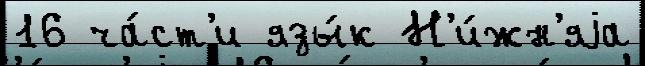
16 ча́ст'и язы́к Н'и́жн'яjа